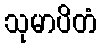
သုမာပိတံ